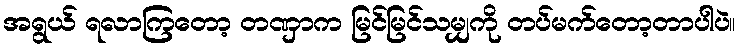
အရွယ် ရလာကြတော့ တဏှာက မြင်မြင်သမျှကို တပ်မက်တော့တာပါပဲ။